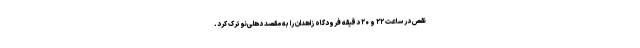
نقص در ساعت ۲۲ و ۲۰ دقیقه فرودگاه زاهدان را به مقصد دهلی‌نو ترک کرد.